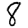
Digit: 8